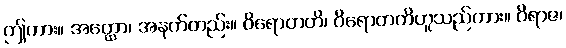
ဤကား။ အတ္ထော၊ အနက်တည်း။ ဝိရောတတိ၊ ဝိရောတတိဟူသည်ကား။ ဝိရာဇ၊